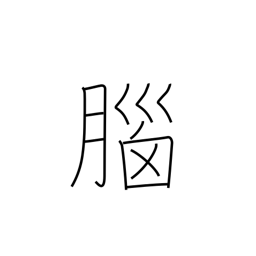
Meaning: memory